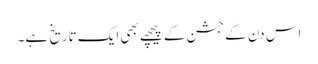
اس دن کے جشن کے پیچھے بھی ایک تاریخ ہے۔